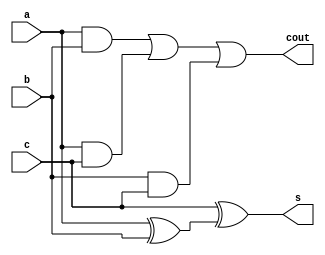
module full_adder (a,b,c,s,cout);
  input a, b ,c;
  output s, cout;
  wire w1, w2, w3 , w4 , w5;
  // s = w1 xor c w1 = a xor b
  xor (w1,a ,b);
  xor (s,c,w1);
  //cout = w5 or w4 w5 = w2 or w3
  and (w2,a ,b);
  and (w3,a,c);
  and (w4,b ,c);
  or (w5,w2,w3);
  or (cout,w5,w4);
endmodule

module ripple_adder (a,b,cin,s,cout);
  input [3:0] a, b;
  input cin;
  output [3:0] s;
  output cout;
  wire [3:1] c;
  full_adder FA0 (a[0], b[0], cin, s[0], c[1]);
  full_adder FA1 (a[1], b[1], c[1], s[1], c[2]);
  full_adder FA2 (a[2], b[2], c[2], s[2], c[3]);
  full_adder FA3 (a[3], b[3], c[3], s[3], cout);
endmodule

module ripple_adder_test;
  reg [3:0] a, b;
  reg cin;
  wire [3:0] s;
  wire cout;
  ripple_adder G0 (a, b, cin, s, cout);

  initial begin
    a = 4'b0000;
    b = 4'b0000;
    cin = 0;
    #50 $finish;
  end

  initial begin
    $dumpfile("ripple_adder.vcd");
    $dumpvars(0, ripple_adder_test);
    $monitor($time, "a = %b, b = %b, cin = %b, s = %b, cout = %b", a, b, cin, s, cout);
    #5 a = 4'b1111;
    #5 cin = 1;
    #5 b = 4'b1111;
    #5 cin = 0;
    #5 a = 4'b1010;
  end
endmodule